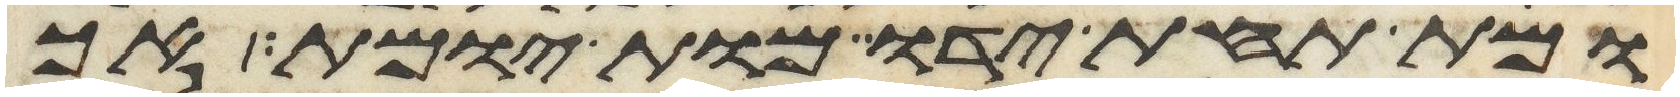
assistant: ומת תחת ידו מות יומת אך